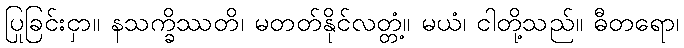
ပြုခြင်းငှာ။ နသက္ခိဿတိ၊ မတတ်နိုင်လတ္တံ့။ မယံ၊ ငါတို့သည်။ ဓီတရော၊